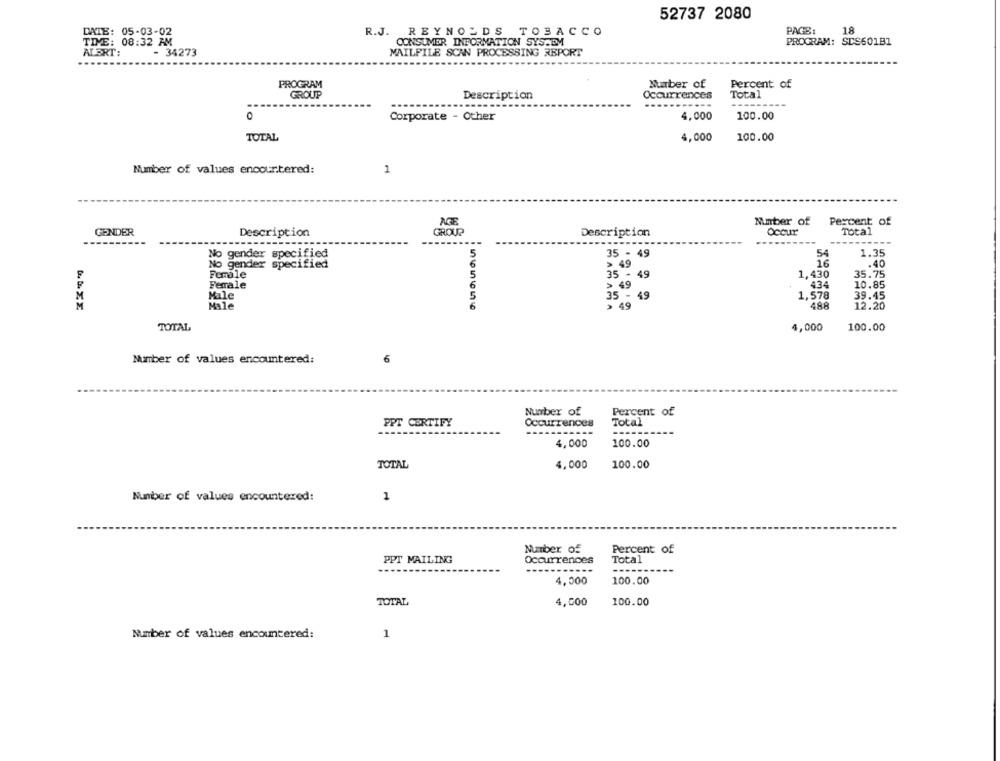
52737 2080
DATE: 05-03-02
PAGB:
18
R.J. REYNOLDS TOBACCO
TIVE: 08:32 AM
CONSUMER INFORMATION SYSTEM
PROGRAM: SDS60181
ALBRT:
- 34273
MAILFILE SCAN PROCESSING REPORT
PROGRAM
Number of
Percent of
GROUP
Description
Occurrences
Total
----------
Corporate - Other
4,000
100.00
TOTAL
4,000
100.00
Number of values encountered:
1
AGF
Number of
Percent of
GENDER
Description
GROUP
Description
Occur
Total
1.35
No gender specified
35 - 49
54
No gender specified
49
16
.40
Female
35
49
1,430
35.75
Female
6
49
434
10.85
Male
49
1,578
39.45
M
M
6
49
488
12.20
Male
TOTAL
4,000
100.00
Number of values encountered:
6
Number of
Percent of
PPT CERTIFY
Occurrences
Total
----
4,000
100.00
TOTAL
4,000
100.00
Number of values encountered:
1
Number of
Percent of
PPT MAILING
Occurrences
Total
4,000
100.00
TOTAL
4,000
100.00
Number of values encountered:
1